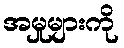
အမှုများကို